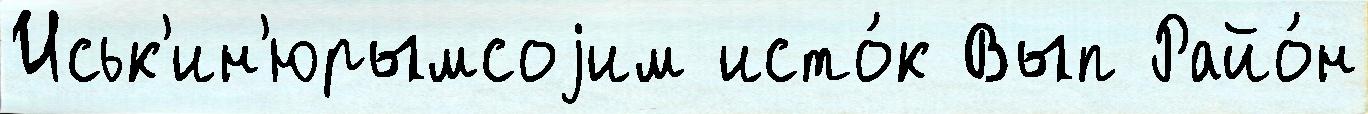
Иськ'ин'юрымсоjим исто́к Вып Райо́н